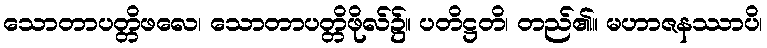
သောတာပတ္တိဖလေ၊ သောတာပတ္တိဖိုလ်၌။ ပတိဋ္ဌတိ၊ တည်၏။ မဟာဇနဿာပိ၊